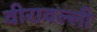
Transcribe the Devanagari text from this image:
वीरावल्ली